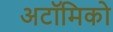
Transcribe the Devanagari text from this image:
अटॉमिको